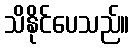
သိနိုင်ပေသည်။